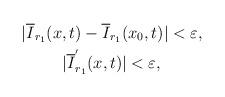
LaTeX: \begin{align*}\begin{aligned}&|\overline{I}_{r_{1}}(x,t)-\overline{I}_{r_{1}}(x_{0},t)|<\varepsilon,\\&\qquad\enspace|\overline{I}^{'}_{r_{1}}(x,t)|<\varepsilon,\end{aligned}\end{align*}